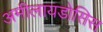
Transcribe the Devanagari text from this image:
अमीलायडोसिस